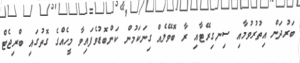
ބަރުދަން އިތުރުވުމާއި ސިނގިރޭޓާއި ރާ ބޮވޭލެއް ގިނަކަމުން ކަންބޮޑުވެފައިވާ މީހެއްގެ ގޮތުގައި ބްރިޖެޓް